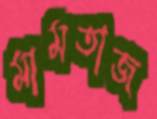
মামতাজ